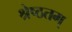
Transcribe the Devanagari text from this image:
श्रेष्ठतम्